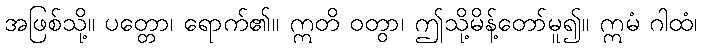
အဖြစ်သို့။ ပတ္တော၊ ရောက်၏။ ဣတိ ဝတွာ၊ ဤသို့မိန့်တော်မူ၍။ ဣမံ ဂါထံ၊